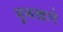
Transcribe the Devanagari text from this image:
मुलखाने